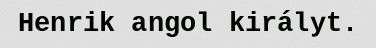
Henrik angol királyt.